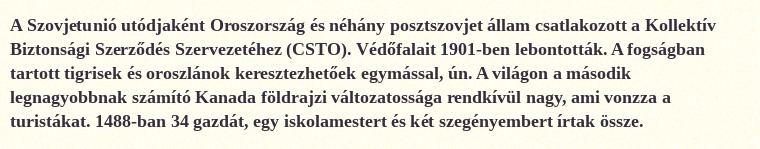
A Szovjetunió utódjaként Oroszország és néhány posztszovjet állam csatlakozott a Kollektív Biztonsági Szerződés Szervezetéhez (CSTO). Védőfalait 1901-ben lebontották. A fogságban tartott tigrisek és oroszlánok keresztezhetőek egymással, ún. A világon a második legnagyobbnak számító Kanada földrajzi változatossága rendkívül nagy, ami vonzza a turistákat. 1488-ban 34 gazdát, egy iskolamestert és két szegényembert írtak össze.